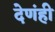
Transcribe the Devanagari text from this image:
देणंही